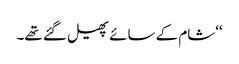
‘‘شام کے سائے پھیل گئے تھے۔